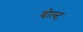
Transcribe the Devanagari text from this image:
बोल्‍ट